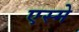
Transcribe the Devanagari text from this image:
एस्मे